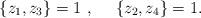
LaTeX: \begin{align*} \lbrace z_1,z_3\rbrace =1~,~~~~ \lbrace z_2,z_4\rbrace =1 .\end{align*}